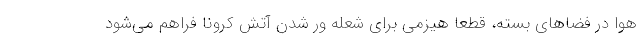
هوا در فضاهای بسته، قطعا هیزمی برای شعله ور شدن آتش کرونا فراهم می‌شود